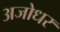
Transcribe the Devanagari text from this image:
अजोधर